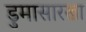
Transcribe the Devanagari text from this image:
डुमासारखा